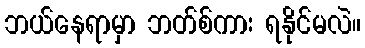
ဘယ်နေရာမှာ ဘတ်စ်ကား ရနိုင်မလဲ။